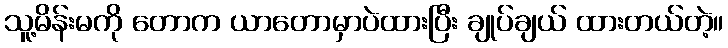
သူ့မိန်းမကို တောက ယာတောမှာပဲထားပြီး ချုပ်ချယ် ထားတယ်တဲ့။